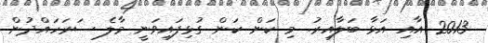
2013 އާއި އަޅާ ބަލާއިރު. މި ކަން ކަން ގުޅިފައިވަނީ މާލެ ސަރަަހައްދުން